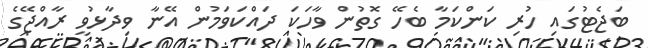
ބަޖެޓުގައި ހުރި ކަންކަމާ ބެހޭ ގޮތުން ވާހަކަ ދައްކަވަމުން އޭނާ ވިދާޅުވީ ރާއްޖޭގެ